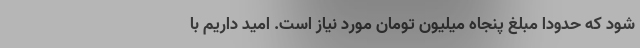
شود که حدودا مبلغ پنجاه میلیون تومان مورد نیاز است‌. امید داریم با